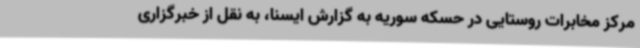
مرکز مخابرات روستایی در حسکه سوریه به گزارش ایسنا،‌ به نقل از خبرگزاری